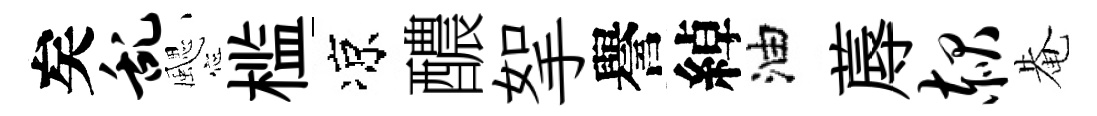
矣乱颸槛凉醲挐譽綽油蓐赧𤲅